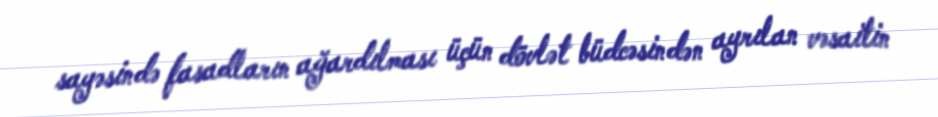
sayəsində fasadların ağardılması üçün dövlət büdcəsindən ayrılan vəsaitin